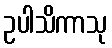
ဥပါသိကာသု